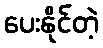
ပေးနိုင်တဲ့